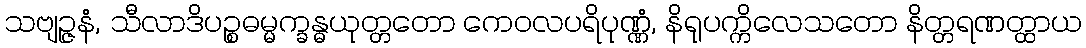
သဗျဉ္ဇနံ, သီလာဒိပဉ္စဓမ္မက္ခန္ဓယုတ္တတော ကေဝလပရိပုဏ္ဏံ, နိရုပက္ကိလေသတော နိတ္တရဏတ္ထာယ